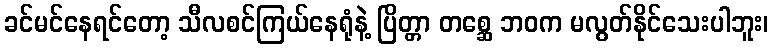
ခင်မင်နေရင်တော့ သီလစင်ကြယ်နေရုံနဲ့ ပြိတ္တာ တစ္ဆေ ဘဝက မလွတ်နိုင်သေးပါဘူး၊